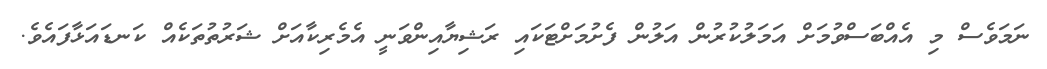
ނަމަވެސް މި އެއްބަސްވުމަށް އަމަލުކުރުން އަލުން ފެށުމަށްޓަކައި ރަޝިޔާއިންވަނީ އެމެރިކާއަށް ޝަރުތުތަކެއް ކަނޑައަޅާފައެވެ.